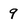
Character: 9